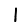
Digit: 1